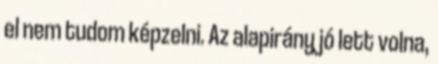
el nem tudom képzelni. Az alapirány jó lett volna,